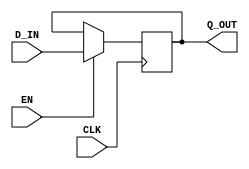

// Copyright (c) 2000-2009 Bluespec, Inc.

// Permission is hereby granted, free of charge, to any person obtaining a copy
// of this software and associated documentation files (the "Software"), to deal
// in the Software without restriction, including without limitation the rights
// to use, copy, modify, merge, publish, distribute, sublicense, and/or sell
// copies of the Software, and to permit persons to whom the Software is
// furnished to do so, subject to the following conditions:

// The above copyright notice and this permission notice shall be included in
// all copies or substantial portions of the Software.

// THE SOFTWARE IS PROVIDED "AS IS", WITHOUT WARRANTY OF ANY KIND, EXPRESS OR
// IMPLIED, INCLUDING BUT NOT LIMITED TO THE WARRANTIES OF MERCHANTABILITY,
// FITNESS FOR A PARTICULAR PURPOSE AND NONINFRINGEMENT. IN NO EVENT SHALL THE
// AUTHORS OR COPYRIGHT HOLDERS BE LIABLE FOR ANY CLAIM, DAMAGES OR OTHER
// LIABILITY, WHETHER IN AN ACTION OF CONTRACT, TORT OR OTHERWISE, ARISING FROM,
// OUT OF OR IN CONNECTION WITH THE SOFTWARE OR THE USE OR OTHER DEALINGS IN
// THE SOFTWARE.
//
// $Revision: 24080 $
// $Date: 2011-05-18 19:32:52 +0000 (Wed, 18 May 2011) $

`ifdef BSV_ASSIGNMENT_DELAY
`else
`define BSV_ASSIGNMENT_DELAY
`endif


// Basic register without reset.
module RegUN(CLK, EN, D_IN, Q_OUT);
   parameter width = 1;

   input     CLK;
   input     EN;
   input [width - 1 : 0] D_IN;

   output [width - 1 : 0] Q_OUT;
   reg [width - 1 : 0]    Q_OUT;

`ifdef BSV_NO_INITIAL_BLOCKS
`else // not BSV_NO_INITIAL_BLOCKS
   // synopsys translate_off
   initial begin
      Q_OUT = {((width + 1)/2){2'b10}} ;
   end
   // synopsys translate_on
`endif // BSV_NO_INITIAL_BLOCKS

   
   always@(posedge CLK)
     begin
        if (EN)
          Q_OUT <= `BSV_ASSIGNMENT_DELAY D_IN;
     end
endmodule